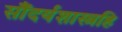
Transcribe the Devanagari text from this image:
सौंदर्यशास्त्रहि